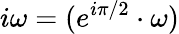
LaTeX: i\omega=(e^{i\pi/2}\cdot\omega)